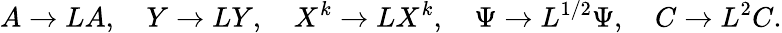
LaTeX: A\to LA,\quad Y\to LY,\quad X^{k}\to LX^{k},\quad\Psi\to L^{1/2}\Psi,\quad C\to L^{2}C.